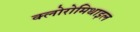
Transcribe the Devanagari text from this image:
क्लोरोमिथाइल